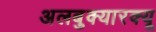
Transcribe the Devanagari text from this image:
अलबुक्यारक्यू